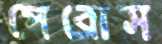
পেরোস